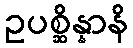
ဥပစ္ဆိန္နာနိ